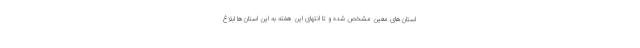
استان‌های معین مشخص شده و تا انتهای این هفته به این استان‌ها ابلاغ